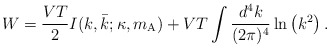
\begin{align*}W = \frac{V T}{2} I ( k , \bar{k} ; \kappa , m _{\mathrm{A}} ) + V T \int \frac{d^4k}{(2\pi)^4} \ln \left( k ^{2} \right) .\end{align*}